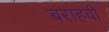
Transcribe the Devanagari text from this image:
बराहवी